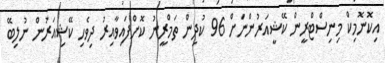
އިކޮނޮމިކް މިނިސްޓްރީން ކޭޝީއަރުންނަށް 96 ކުދިން ތަމްރީނު ކޮށްފައިވާއިރު ދިވެހި ކޭޝިއަރުން ނުލިބޭ